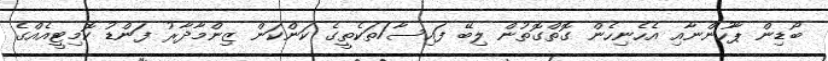
ބޯޑިން ޕާހުންނާއި އެހެނިހެން ގޮތްގޮތުން ލިބޭ ފައިސާ/ތަކެތީގެ ކަންކަން ޒިންމާދާރު ފަންޑު ކޮމިޓީއެއްގެ